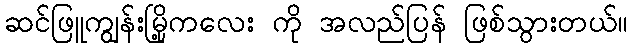
ဆင်ဖြူကျွန်းမြို့ကလေး ကို အလည်ပြန် ဖြစ်သွားတယ်။